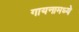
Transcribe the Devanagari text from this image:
गायनामध्ये